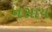
નસાય